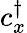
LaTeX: c_{x}^{\dagger}